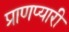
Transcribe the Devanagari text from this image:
प्राणप्यारी